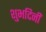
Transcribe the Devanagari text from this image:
शुभदिनीं